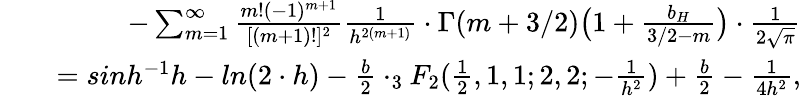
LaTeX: \begin{array}{rlr}&{}&{-\sum_{m=1}^{\infty}{\frac{m!(-1)^{m+1}}{[(m+1)!]^{2}}}{\frac{1}{h^{2(m+1)}}}\cdot\Gamma(m+3/2)\big(1+{\frac{b_{H}}{3/2-m}}\big)\cdot{\frac{1}{2\sqrt{\pi}}}}\\ &{}&{=sinh^{-1}{h}-ln(2\cdot h)-{\frac{b}{2}}\cdot_{3}F_{2}({\frac{1}{2}},1,1;2,2;-{\frac{1}{h^{2}}})+{\frac{b}{2}}-{\frac{1}{4h^{2}}},}\end{array}